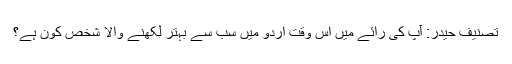
تصنیف حیدر: آپ کی رائے میں اس وقت اردو میں سب سے بہتر لکھنے والا شخص کون ہے؟